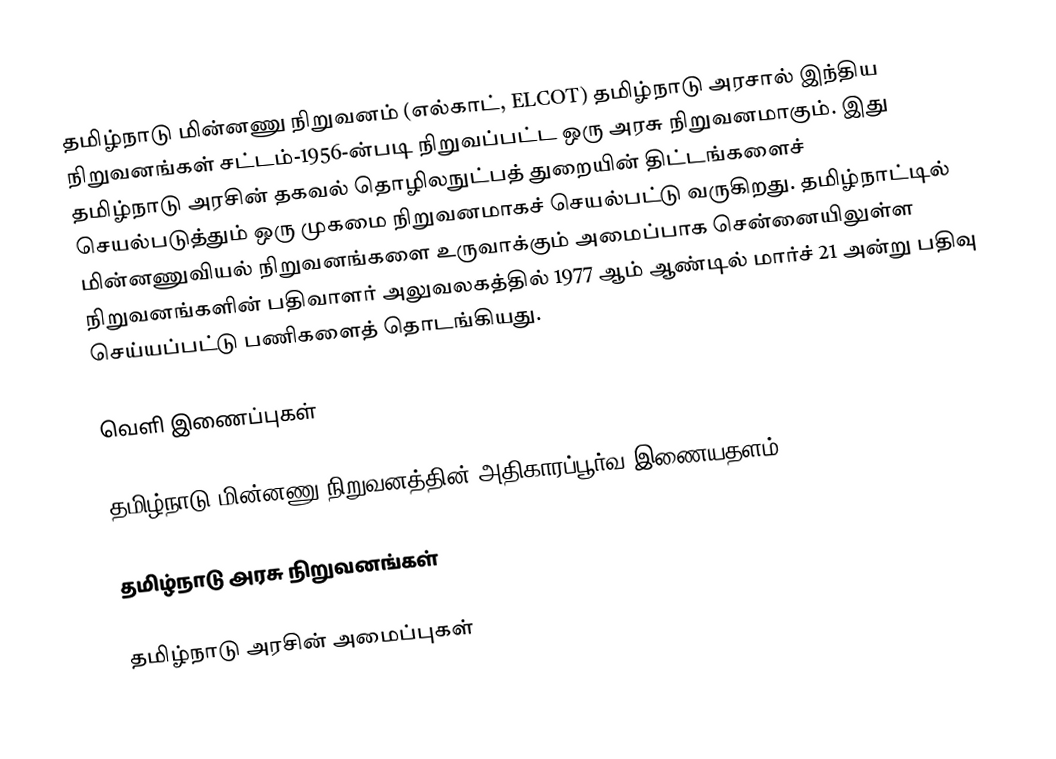
தமிழ்நாடு மின்னணு நிறுவனம் (எல்காட், ELCOT) தமிழ்நாடு அரசால் இந்திய நிறுவனங்கள் சட்டம்-1956-ன்படி நிறுவப்பட்ட ஒரு அரசு நிறுவனமாகும். இது தமிழ்நாடு அரசின் தகவல் தொழிலநுட்பத் துறையின் திட்டங்களைச் செயல்படுத்தும் ஒரு முகமை நிறுவனமாகச் செயல்பட்டு வருகிறது. தமிழ்நாட்டில் மின்னணுவியல் நிறுவனங்களை உருவாக்கும் அமைப்பாக சென்னையிலுள்ள நிறுவனங்களின் பதிவாளர் அலுவலகத்தில் 1977 ஆம் ஆண்டில் மார்ச் 21 அன்று பதிவு செய்யப்பட்டு பணிகளைத் தொடங்கியது.

வெளி இணைப்புகள்

 தமிழ்நாடு மின்னணு நிறுவனத்தின் அதிகாரப்பூர்வ இணையதளம்

தமிழ்நாடு அரசு நிறுவனங்கள்

தமிழ்நாடு அரசின் அமைப்புகள்